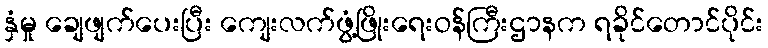
နှံမှု ချေဖျက်ပေးပြီး ကျေးလက်ဖွံ့ဖြိုးရေးဝန်ကြီးဌာနက ရခိုင်တောင်ပိုင်း